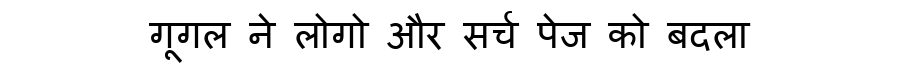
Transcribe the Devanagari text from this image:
गूगल ने लोगो और सर्च पेज को बदला